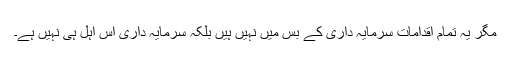
مگر یہ تمام اقدامات سرمایہ داری کے بس میں نہیں ہیں بلکہ سرمایہ داری اس اہل ہی نہیں ہے۔